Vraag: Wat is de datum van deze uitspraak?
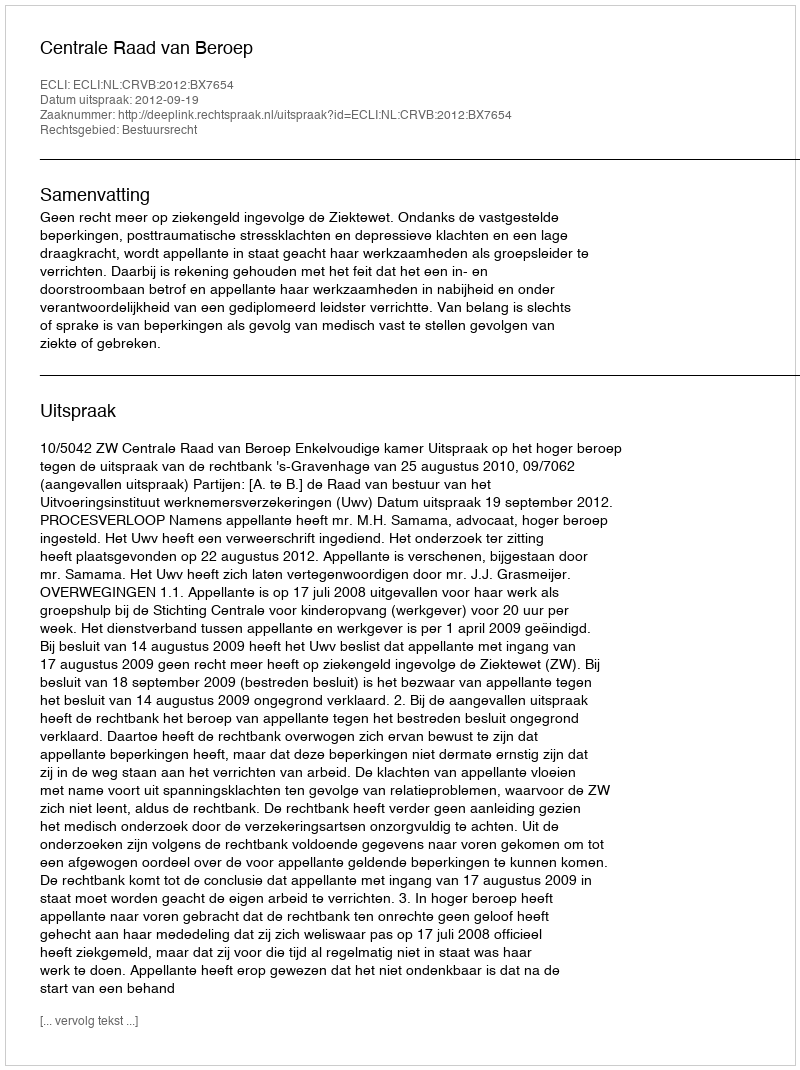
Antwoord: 2012-09-19